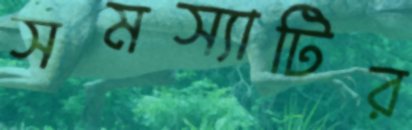
সমস্যাটির